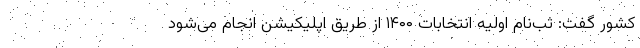
کشور گفت: ثب‌نام اولیه انتخابات ۱۴۰۰ از طریق اپلیکیشن انجام می‌شود